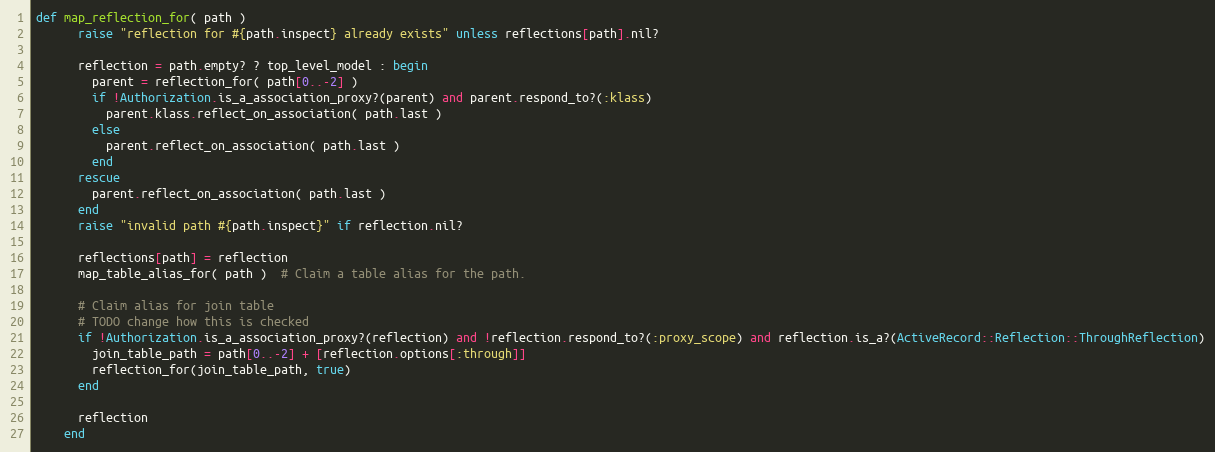
Language: Ruby
def map_reflection_for( path )
      raise "reflection for #{path.inspect} already exists" unless reflections[path].nil?

      reflection = path.empty? ? top_level_model : begin
        parent = reflection_for( path[0..-2] )
        if !Authorization.is_a_association_proxy?(parent) and parent.respond_to?(:klass)
          parent.klass.reflect_on_association( path.last )
        else
          parent.reflect_on_association( path.last )
        end
      rescue
        parent.reflect_on_association( path.last )
      end
      raise "invalid path #{path.inspect}" if reflection.nil?

      reflections[path] = reflection
      map_table_alias_for( path )  # Claim a table alias for the path.

      # Claim alias for join table
      # TODO change how this is checked
      if !Authorization.is_a_association_proxy?(reflection) and !reflection.respond_to?(:proxy_scope) and reflection.is_a?(ActiveRecord::Reflection::ThroughReflection)
        join_table_path = path[0..-2] + [reflection.options[:through]]
        reflection_for(join_table_path, true)
      end

      reflection
    end